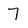
Character: 7